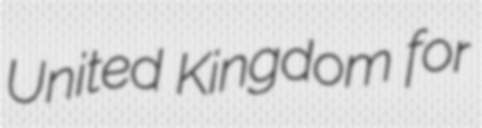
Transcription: United Kingdom for